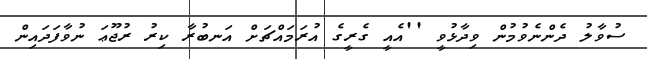
ސުވާލު ދެންނެވުމުން ވިދާޅުވީ ''އެއީ ގެރީގެ އުރަމައްޗަށް އަނބުރާ ކިރު ރުޖޫޢަ ނުވާފަދައިން